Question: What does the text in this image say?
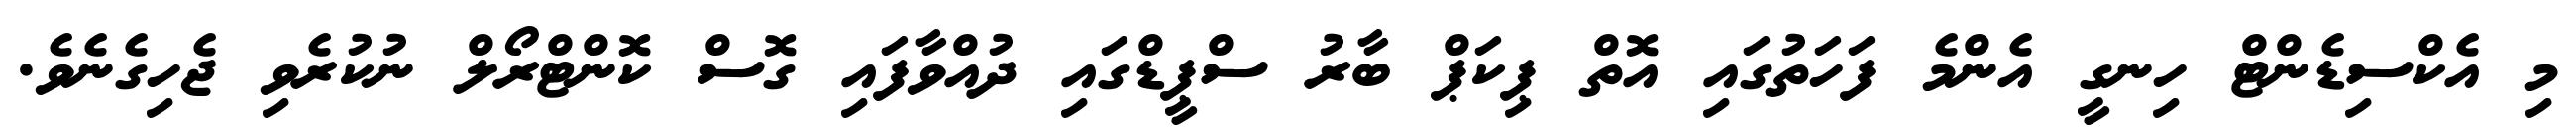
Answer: މި އެކްސިޑެންޓް ހިނގީ އެންމެ ފަހަތުގައި އޮތް ޕިކަޕް ބާރު ސްޕީޑްގައި ދުއްވާފައި ގޮސް ކޮންޓްރޯލް ނުކުރެވި ޖެހިގެނެވެ.